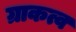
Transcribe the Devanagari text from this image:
ग्राकत्व